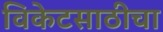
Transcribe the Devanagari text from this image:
विकेटसाठीचा